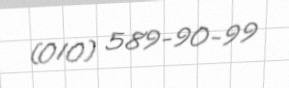
(010) 589-90-99